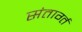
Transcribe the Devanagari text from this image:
संतार्ग्त